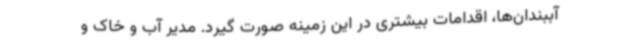
آببندان‌ها، اقدامات بیشتری در این زمینه صورت گیرد. مدیر آب و خاک و